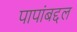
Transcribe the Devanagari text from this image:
पापांबद्दल